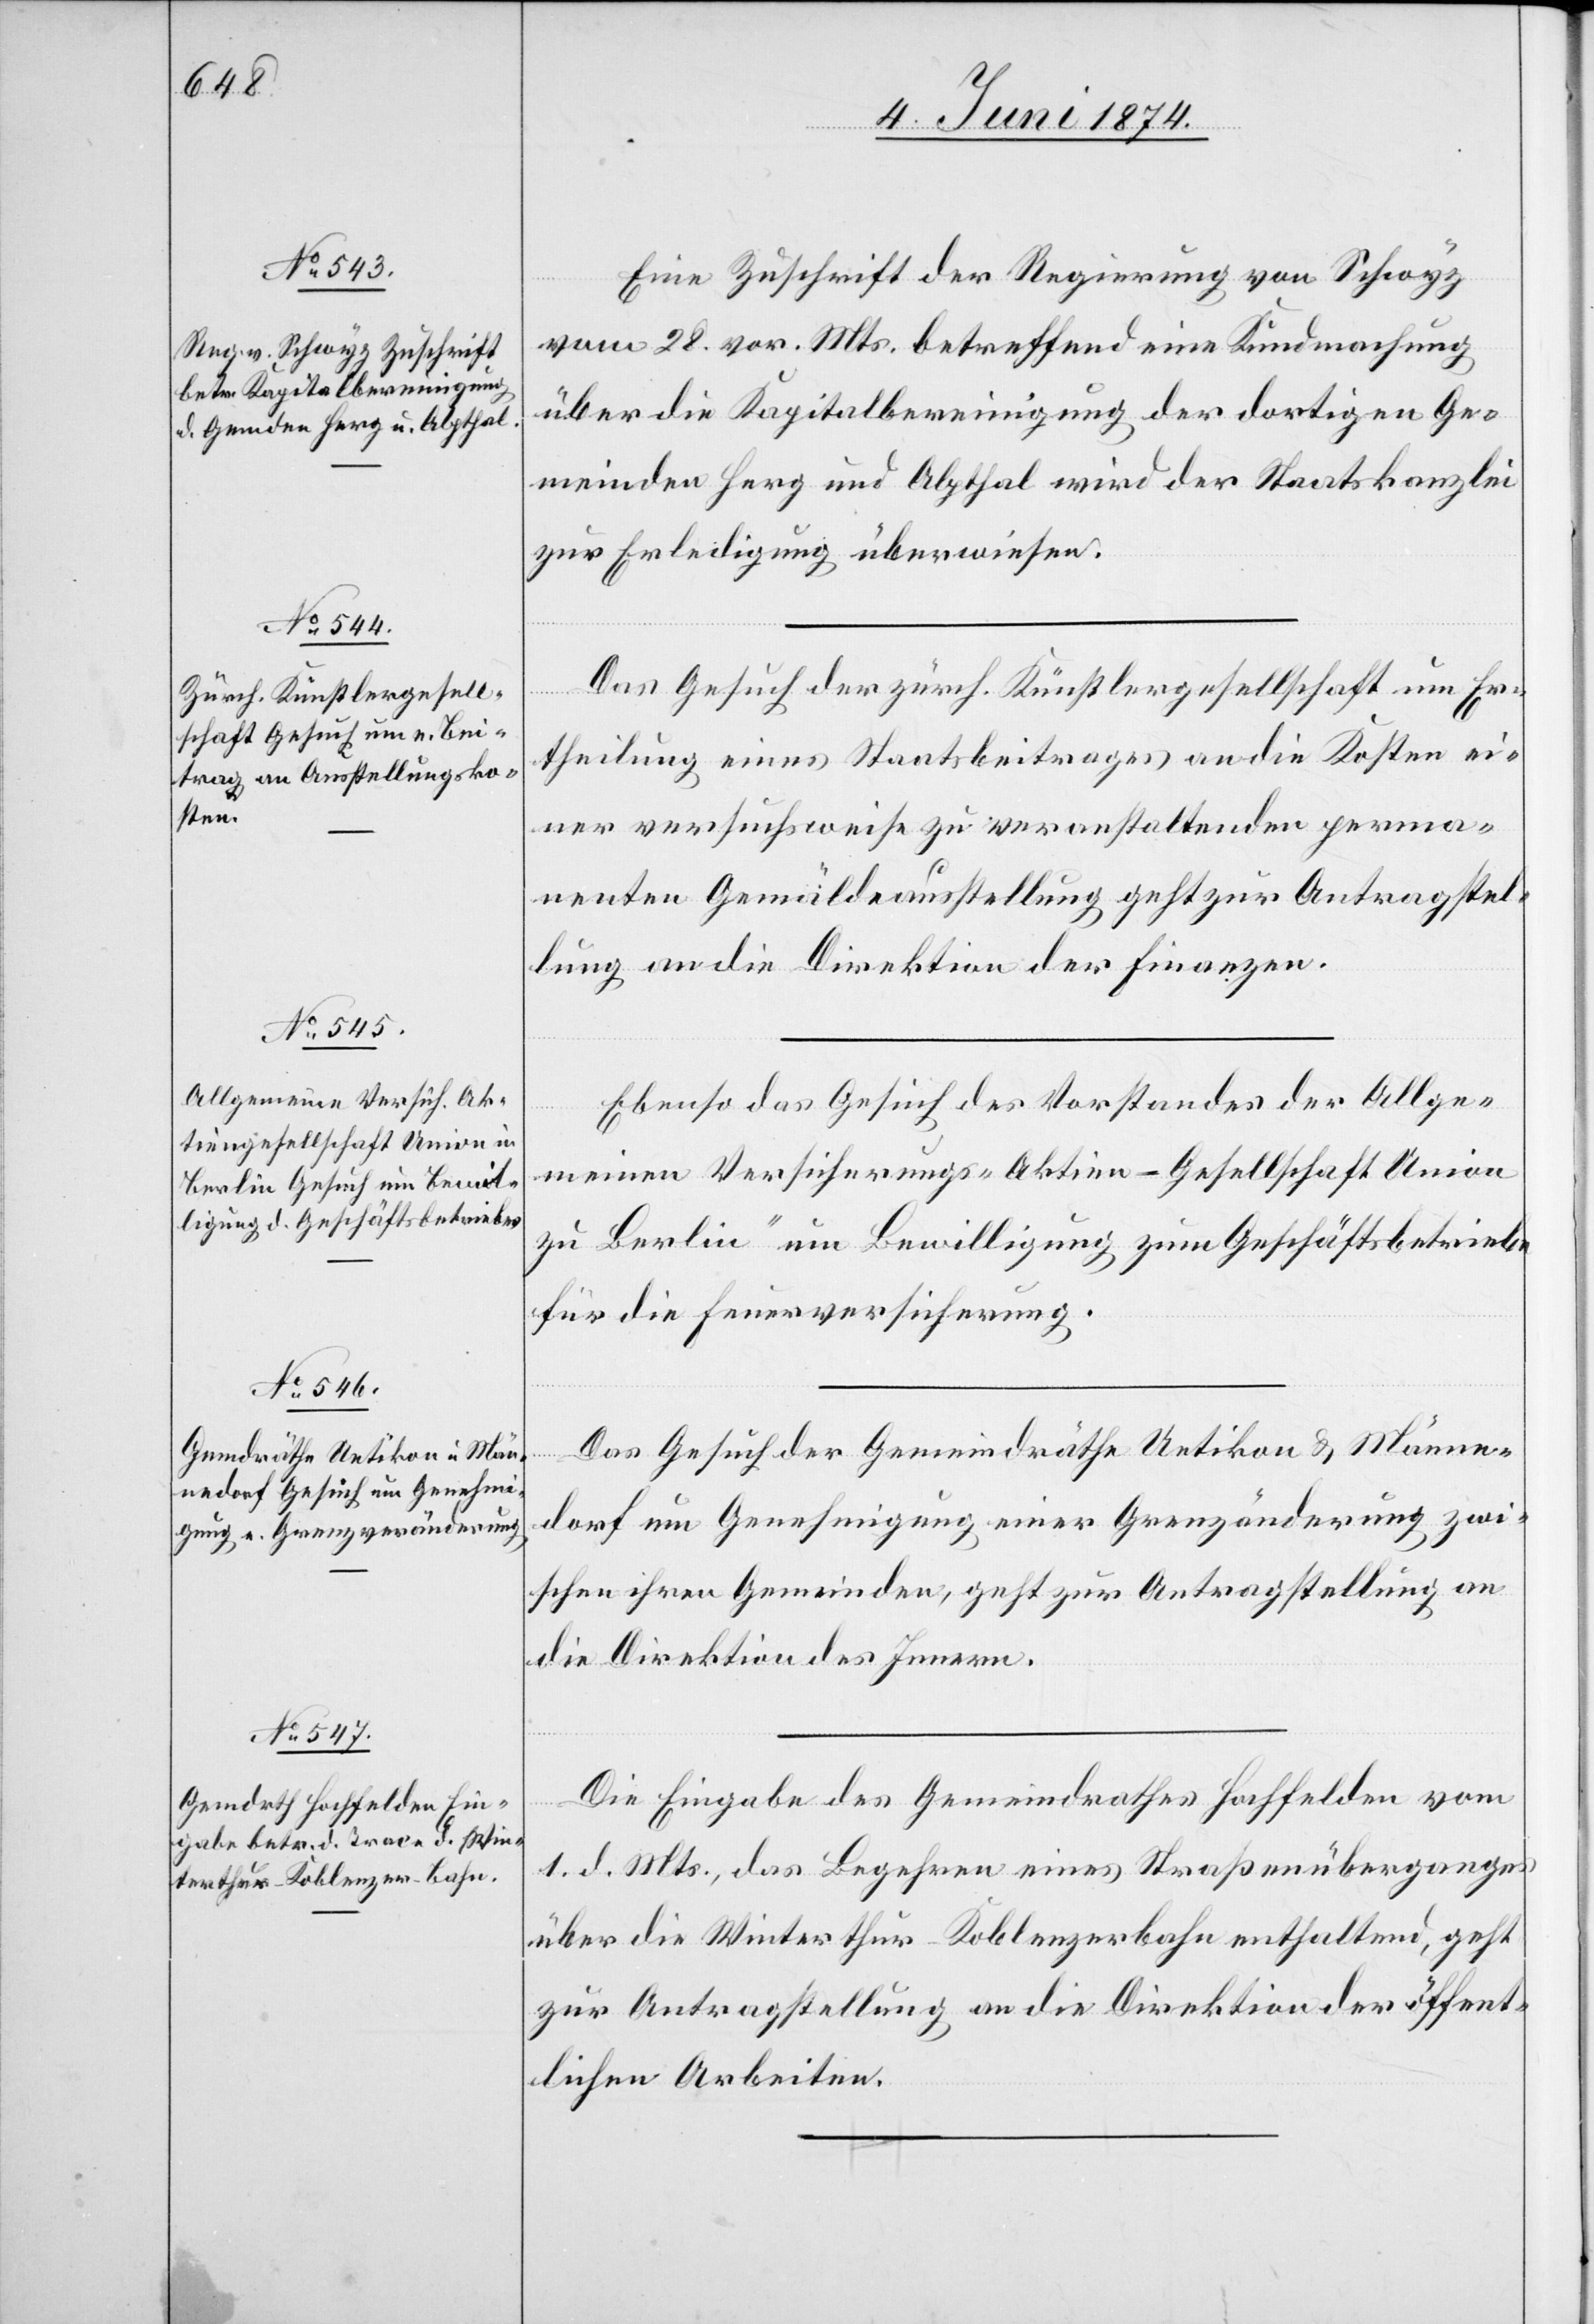
4. Juni 1874.]
Eine Zuschrift der Regierung von Schwyz
vom 28. vor. Mts. betreffend eine Kundmachung
über die Kapitalbereinigung der dortigen Ge¬
meinden Herg und Alpthal wird der Staatskanzlei
zur Erledigung überwiesen.
Das Gesuch der zürch. Künstlergesellschaft um Er¬
theilung eines Staatsbeitrages an die Kosten ei¬
ner versuchsweise zu veranstaltenden perma¬
nenten Gemäldeausstellung geht zur Antragstel¬
lung an die Direktion der Finanzen.
Ebenso das Gesuch des Vorstandes der Allge¬
meinen Versicherungs „Aktien-Gesellschaft Union
zu Berlin“ um Bewilligung zum Geschäftsbetriebe
für die Feuerversicherung.
Das Gesuch der Gemeindräthe Uetikon u. Männe¬
dorf um Genehmigung einer Grenzänderung zwi¬
schen ihren Gemeinden, geht zur Antragstellung an
die Direktion des Innern.
Die Eingabe des Gemeindrathes Hochfelden vom
1. d. Mts., das Begehren eines Straßenüberganges
über die Winterthur-Koblenzerbahn enthaltend, geht
zur Antragstellung an die Direktion der öffent¬
lichen Arbeiten.